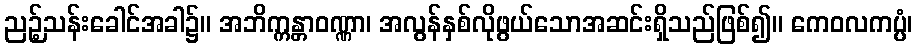
ညဉ့်သန်းခေါင်အခါ၌။ အဘိက္ကန္တာဝဏ္ဏာ၊ အလွန်နှစ်လိုဖွယ်သောအဆင်းရှိသည်ဖြစ်၍။ ကေဝလကပ္ပံ၊